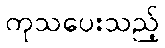
ကုသပေးသည့်